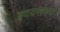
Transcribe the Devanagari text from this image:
हृदयसंगम